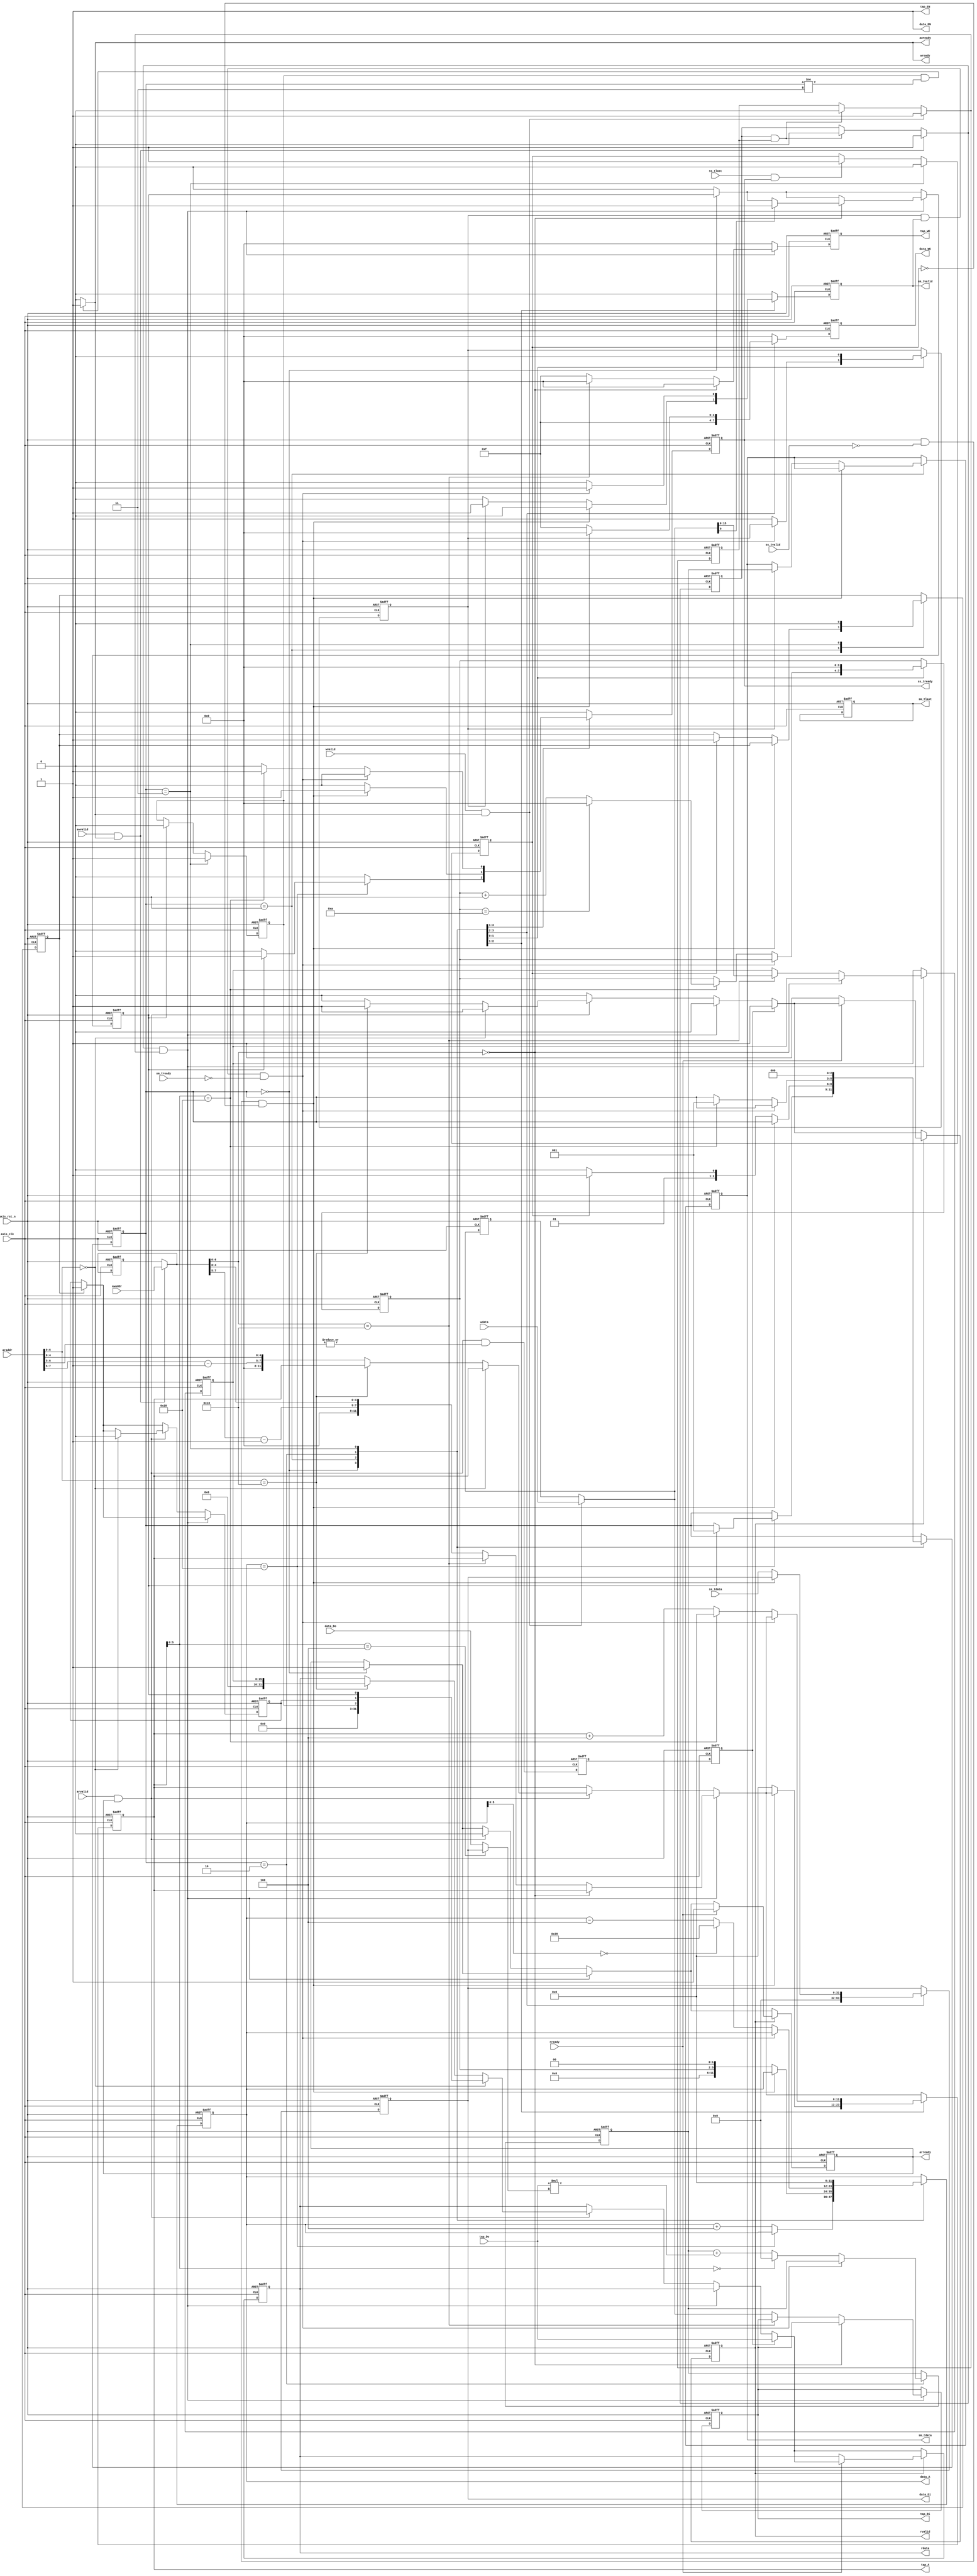
`timescale 1ns / 1ps
module fir 
#(  parameter pADDR_WIDTH = 12,
    parameter pDATA_WIDTH = 32,
    parameter Tape_Num    = 11
)
(
    // AXI Lite write
    output  wire                     awready,
    output  wire                     wready,
    input   wire                     awvalid,
    input   wire [(pADDR_WIDTH-1):0] awaddr,
    input   wire                     wvalid,
    input   wire [(pDATA_WIDTH-1):0] wdata,
    // AXI lite read
    output  wire                     arready,
    input   wire                     rready,
    input   wire                     arvalid,
    input   wire [(pADDR_WIDTH-1):0] araddr,
    output  wire                     rvalid,
    output  wire [(pDATA_WIDTH-1):0] rdata, 
    // AXI stream slave
    input   wire                     ss_tvalid, 
    input   wire [(pDATA_WIDTH-1):0] ss_tdata, 
    input   wire                     ss_tlast, 
    output  wire                     ss_tready, 
    // AXI stream master
    input   wire                     sm_tready, 
    output  wire                     sm_tvalid, 
    output  wire [(pDATA_WIDTH-1):0] sm_tdata, 
    output  wire                     sm_tlast, 
    
    // bram for tap RAM
    output  wire [3:0]               tap_WE,
    output  wire                     tap_EN,
    output  wire [(pDATA_WIDTH-1):0] tap_Di,
    output  wire [(pADDR_WIDTH-1):0] tap_A,
    input   wire [(pDATA_WIDTH-1):0] tap_Do,

    // bram for data RAM
    output  wire [3:0]               data_WE,
    output  wire                     data_EN,
    output  wire [(pDATA_WIDTH-1):0] data_Di,
    output  wire [(pADDR_WIDTH-1):0] data_A,
    input   wire [(pDATA_WIDTH-1):0] data_Do,

    input   wire                     axis_clk,
    input   wire                     axis_rst_n
);

parameter IDLE  = 0;
parameter READ  = 1;
parameter CAL   = 2;
parameter DONE  = 3;
 
reg                         awready_r, awready_w;
reg                         wready_r, wready_w;
reg                         arready_r, arready_w;
reg                         rvalid_r, rvalid_w;
reg  [(pDATA_WIDTH-1):0]    rdata_r, rdata_w;
reg                         ss_tready_r, ss_tready_w;
reg                         sm_tvalid_r, sm_tvalid_w;
reg  [(pDATA_WIDTH-1):0]    sm_tdata_r, sm_tdata_w;
reg                         sm_tlast_r, sm_tlast_w;
reg  [3:0]                  tap_WE_r, tap_WE_w;
reg                         tap_EN_r, tap_EN_w;
reg  [(pDATA_WIDTH-1):0]    tap_Di_r, tap_Di_w;
reg  [(pADDR_WIDTH-1):0]    tap_A_r, tap_A_w;
reg  [3:0]                  data_WE_r, data_WE_w;
reg                         data_EN_r, data_EN_w;
reg  [(pDATA_WIDTH-1):0]    data_Di_r, data_Di_w;
reg  [(pADDR_WIDTH-1):0]    data_A_r, data_A_w;
reg  [2:0]                  state_r, state_w;
reg  [15:0]                 data_len_r, data_len_w;
reg                         ap_start_r, ap_start_w;
reg                         ap_idle_r, ap_idle_w;
reg                         ap_done_r, ap_done_w;
reg  [(pADDR_WIDTH-1):0]    awaddr_last_r, awaddr_last_w;
reg  [(pDATA_WIDTH-1):0]    wdata_last_r, wdata_last_w;
reg                         data_cnt_r, data_cnt_w;
reg  [3:0]                  data_pnt_r, data_pnt_w;
reg                         awaddr_get_r, awaddr_get_w;
reg                         wdata_get_r, wdata_get_w;
reg  [(pDATA_WIDTH-1):0]    sum_r, sum_w;
reg                         last_r, last_w;
reg                         done_p1_r, done_p1_w;
//delay
reg                         tap_read_d1, tap_read_d2;
reg  [(pDATA_WIDTH-1):0]    tap_Do_d1, data_Do_d1, ss_tdata_d1;
reg                         ss_tready_d1;

wire                        tap_read;

assign tap_read     = arready && arvalid && |(araddr[6:5]);
assign awready      = (ap_idle_r && state_r != DONE) ? 1 : 0; //awready_r;
assign wready       = (ap_idle_r && state_r != DONE) ? 1 : 0; //wready_r;
assign arready      = arready_r;
assign rvalid       = rvalid_r;
assign rdata        = rdata_r;
assign ss_tready    = ss_tready_r;
assign sm_tvalid    = sm_tvalid_r;
assign sm_tdata     = sm_tdata_r;
assign sm_tlast     = sm_tlast_r;
assign tap_WE       = tap_WE_r;
assign tap_EN       = 1; //tap_EN_r;
assign tap_Di       = tap_Di_r;
assign tap_A        = tap_A_r;
assign data_WE      = data_WE_r;
assign data_EN      = 1; //data_EN_r;
assign data_Di      = data_Di_r;
assign data_A       = data_A_r;


reg  [(pADDR_WIDTH-1):0]    awaddr_now;
reg  [(pDATA_WIDTH-1):0]    wdata_now;
reg                         awvalid_ready;
reg                         wvalid_ready;


always @(*) begin
    awready_w       = awready_r;
    wready_w        = wready_r;
    arready_w       = state_r == IDLE ? 1 : arready_r;
    rvalid_w        = 0;
    rdata_w         = rdata_r;
    ss_tready_w     = 0;
    sm_tvalid_w     = 0;
    sm_tdata_w      = sm_tdata_r;
    sm_tlast_w      = sm_tlast_r;
    data_WE_w       = 0;
    data_Di_w       = data_Di_r;
    data_A_w        = data_A_r;
    state_w         = state_r;
    data_cnt_w      = data_cnt_r;
    data_pnt_w      = data_pnt_r;
    tap_WE_w        = 0;
    tap_Di_w        = tap_Di_r;
    tap_A_w         = tap_A_r;
    ap_start_w      = state_r == IDLE ? ap_start_r : 0;
    ap_idle_w       = state_r == DONE ? 1 : ap_start_r ? 0 : ap_idle_r;
    ap_done_w       = done_p1_r ? 1 : ap_done_r;
    awaddr_last_w   = awaddr_last_r;
    wdata_last_w    = wdata_last_r;
    data_len_w      = data_len_r;
    awaddr_get_w    = awaddr_get_r;
    wdata_get_w     = wdata_get_r;
    sum_w           = sum_r;
    done_p1_w       = done_p1_r;
    last_w          = (ss_tlast && ss_tready) ? 1 : last_r;
    // wire
    awaddr_now      = awaddr_last_r;
    wdata_now       = wdata_last_r;
    awvalid_ready   = awvalid && awready;
    wvalid_ready    = wvalid && wready;
    
    // COEF write
    if(awaddr_get_r && wdata_get_r) begin
        awaddr_get_w = 0;
        wdata_get_w = 0;
    end
    if(awvalid_ready) begin
        awaddr_last_w = awaddr;
        awaddr_get_w = 1;//~awaddr_get_r;
        awaddr_now = awaddr;
    end
    if(wvalid_ready) begin
        wdata_last_w = wdata;
        wdata_get_w = 1;//~wdata_get_r;
        wdata_now = wdata;
    end
    if(awaddr_get_w && wdata_get_w) begin
        if(awaddr_now[6:0] == 7'h0) begin
            if(wdata_now[0]) ap_start_w = 1;
        end
        else if(awaddr_now[6:0] == 7'h10) begin
            data_len_w = wdata_now;
        end
        else begin
            tap_WE_w = 4'b1111;
            tap_A_w  = {awaddr_now[7:5]-1'b1, awaddr_now[4:0]}; // - 0x20
            tap_Di_w = wdata_now;
            // data ram set to 0
            /*
            data_A_w = tap_A_w;
            data_Di_w = 0;
            data_WE_w = 4'b1111;
            */
        end
    end
    // COEF read
    else if(arvalid && arready) begin
        arready_w = 0;
        if(araddr[6:0] == 7'h0) begin
            rvalid_w = 1'b1;
            rdata_w = {ap_idle_r, ap_done_r, ap_start_r};
            ap_done_w = 0;
        end
        else if(araddr[6:0] == 7'h10) begin
            rvalid_w = 1'b1;
            rdata_w = data_len_r;
        end
        else tap_A_w = {araddr[7:5]-1'b1, araddr[4:0]};
    end
    if(tap_read_d2) begin
        rvalid_w = 1'b1;
        rdata_w = tap_Do;
    end
    if(rvalid_r) begin
        if(rready) arready_w = 1;
        else begin
            rvalid_w = 1'b1;
            rdata_w = rdata_r;
        end
    end

    case(state_r)
        IDLE: begin
            data_A_w = data_A_r + 4;
            data_Di_w = 0;
            data_WE_w = 4'b1111;
            if(data_A_r == 6'h28) begin
                data_A_w = data_A_r;
                if(ap_start_r) begin
                    state_w = READ;
                    ss_tready_w = 1;
                end
            end
        end
        READ: begin
            //data_cnt_w = 1;
            if(ss_tready && !ss_tvalid && !last_r) begin
                ss_tready_w = 1;
            end
            else begin
                tap_A_w = 0;
                data_A_w = data_pnt_r << 2;
                data_Di_w = ss_tdata;
                data_WE_w = 4'b1111;
                state_w = CAL;
                if(data_cnt_r) begin
                    sm_tdata_w = sum_r;
                    sm_tvalid_w = 1;
                end
                if(last_r) begin
                    state_w = DONE;
                    done_p1_w = 1;
                end
            end
        end
        CAL: begin
            if(data_cnt_r && sm_tvalid_r && !sm_tready) begin
                sm_tvalid_w = 1;
            end
            else begin
                
                data_cnt_w = 1;
                data_A_w = data_A_r - 3'd4;
                tap_A_w = tap_A_r + 3'd4;
                if(data_A_r[5:0] == 6'h0) data_A_w = 6'h28;
                if(tap_A_r[5:0] == 6'h28) begin
                    state_w = READ;
                    ss_tready_w = 1;
                    tap_A_w = 0;
                    data_pnt_w = data_pnt_r + 1;
                    if(data_pnt_r == Tape_Num-1) data_pnt_w = 0;
                end

                if(tap_A_r[5:0] == 6'h0) sum_w = 0;
                else sum_w = sum_r + (tap_Do * (tap_A_r[5:0] == 6'h4 ? data_Di : data_Do));
            end
        end
        DONE: begin
            done_p1_w = 0;
            state_w = IDLE;
            last_w = 0;
            data_cnt_w = 0;
            data_pnt_w = 0;
            data_A_w = 0;
        end
    endcase
    
end

always @(posedge axis_clk or negedge axis_rst_n) begin
    if(!axis_rst_n) begin
        awready_r       <= 0;
        wready_r        <= 0;
        arready_r       <= 0;
        rvalid_r        <= 0;
        rdata_r         <= 0;
        ss_tready_r     <= 0;
        sm_tvalid_r     <= 0;
        sm_tdata_r      <= 0;
        sm_tlast_r      <= 0;
        tap_WE_r        <= 0;
        tap_Di_r        <= 0;
        tap_A_r         <= 0;
        data_WE_r       <= 0;
        data_Di_r       <= 0;
        data_A_r        <= 0;
        state_r         <= 0;
        data_len_r      <= 0;
        ap_start_r      <= 0;
        ap_idle_r       <= 1;
        ap_done_r       <= 0;
        awaddr_last_r   <= 0;
        wdata_last_r    <= 0;
        data_cnt_r      <= 0;
        data_pnt_r      <= 0;
        awaddr_get_r    <= 0;
        wdata_get_r     <= 0;
        sum_r           <= 0;
        done_p1_r       <= 0;
        last_r          <= 0;
        tap_read_d1     <= 0;
        tap_read_d2     <= 0;
        tap_Do_d1       <= 0;
        data_Do_d1      <= 0;
        ss_tdata_d1     <= 0;
        ss_tready_d1    <= 0;
    end
    else begin
        awready_r       <= awready_w;
        wready_r        <= wready_w;
        arready_r       <= arready_w;
        rvalid_r        <= rvalid_w;
        rdata_r         <= rdata_w;
        ss_tready_r     <= ss_tready_w;
        sm_tvalid_r     <= sm_tvalid_w;
        sm_tdata_r      <= sm_tdata_w;
        sm_tlast_r      <= sm_tlast_w;
        tap_WE_r        <= tap_WE_w;
        tap_Di_r        <= tap_Di_w;
        tap_A_r         <= tap_A_w;
        data_WE_r       <= data_WE_w;
        data_Di_r       <= data_Di_w;
        data_A_r        <= data_A_w;
        state_r         <= state_w;
        data_len_r      <= data_len_w;
        ap_start_r      <= ap_start_w;
        ap_idle_r       <= ap_idle_w;
        ap_done_r       <= ap_done_w;
        awaddr_last_r   <= awaddr_last_w;
        wdata_last_r    <= wdata_last_w;
        data_cnt_r      <= data_cnt_w;
        data_pnt_r      <= data_pnt_w;
        awaddr_get_r    <= awaddr_get_w;
        wdata_get_r     <= wdata_get_w;
        sum_r           <= sum_w;
        done_p1_r       <= done_p1_w;
        last_r          <= last_w;
        tap_read_d1     <= tap_read;
        tap_read_d2     <= tap_read_d1;
        tap_Do_d1       <= tap_Do;
        data_Do_d1      <= data_Do;
        ss_tdata_d1     <= ss_tdata;
        ss_tready_d1    <= ss_tready_r;
    end
end

endmodule